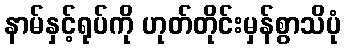
နာမ်နှင့်ရုပ်ကို ဟုတ်တိုင်းမှန်စွာသိပုံ